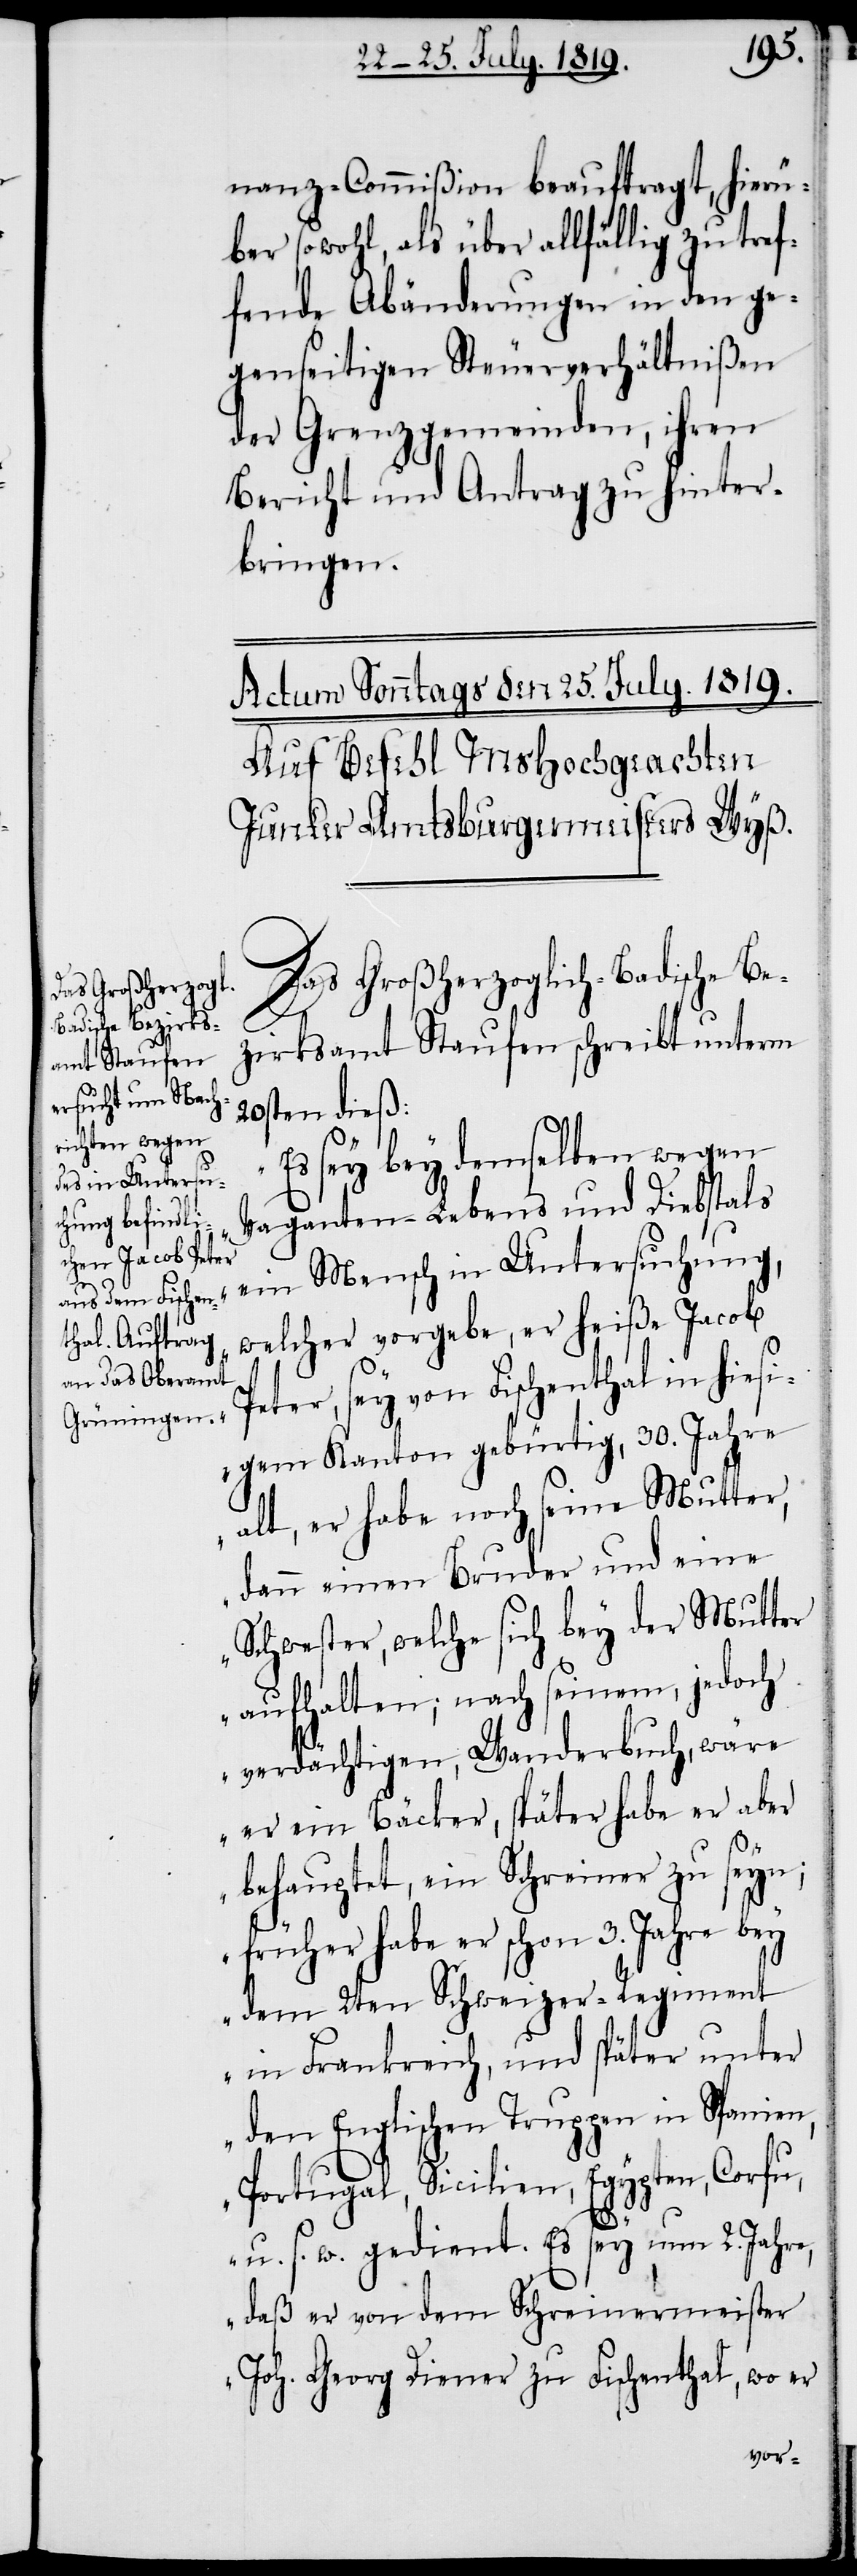
P¬

anz-Commißion beauftragt, hierü¬
ber sowohl, als über allfällig zu tref¬
fende Abänderungen in den ge¬
genseitigen Steuerverhältnißen
der Grenzgemeinden, ihren
Bericht und Antrag zu hinter¬
bringen.
Das Großherzoglich-Badische Be¬
zirksamt Staufen schreibt unterm
20sten dieß:
„Es sey bey demselben wegen
Vaganten-Lebens und Diebstals
ein Mensch in Untersuchung,
welcher vorgebe, er heiße Jacob
eter, sey von Fischenthal in hiesi¬
gem Kanton gebürtig, 30. Jahre
alt, er habe noch seine Mutter,
dann einen Bruder und eine
Schwester, welche sich bey der Mutter
aufhalten; nach seinem, jedoch
verdächtigen, Wanderbuch, wäre
er ein Bäcker, später habe er aber
behauptet, ein Schreiner zu seyn;
früher habe er schon 3. Jahre bey
dem 2ten Schweizer-Regiment
in Frankreich, und später unter
den Englischen Truppen in Spanien,
Portugal, Sicilien, Egypten, Corfu,
u. s. w. gedient. Es sey um 2. Jahre,
daß er von dem Schreinermeister
Joh. Georg Diener zu Fischenthal, wo er